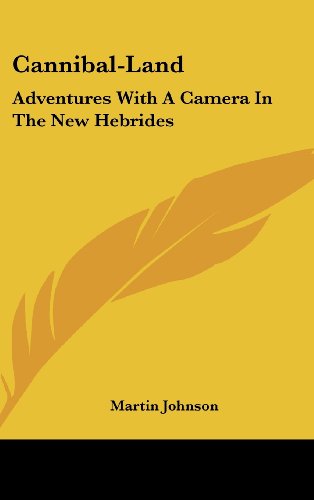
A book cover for Cannibal-Land: Adventures With A Camera In The New Hebrides; Martin Johnson; Travel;